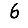
Digit: 6